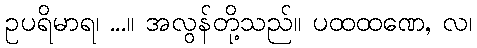
ဥပရိမာရ၊ ...။ အလွန်တို့သည်။ ပထထဏေ, လ၊